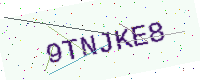
Text: 9TNJKE8